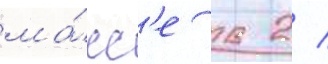
ма́сс'е в 2 /